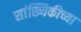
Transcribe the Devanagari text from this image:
सांख्यिकीच्या